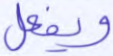
ويفعل